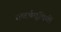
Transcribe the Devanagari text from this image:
शब्दर्थसूचियों